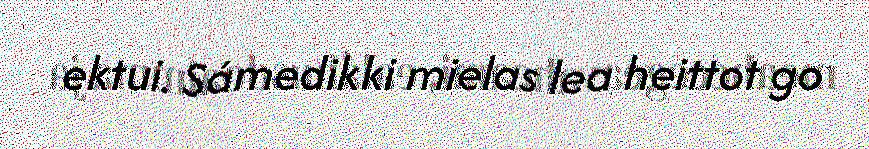
ektui. Sámedikki mielas lea heittot go